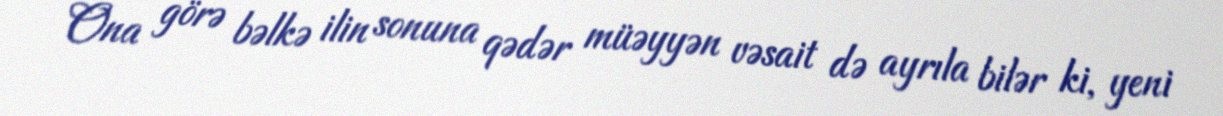
Ona görə bəlkə ilin sonuna qədər müəyyən vəsait də ayrıla bilər ki, yeni